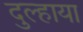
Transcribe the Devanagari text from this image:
दुल्हाया